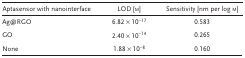
<table><thead><tr><td><b>Aptasensor with nanointerface</b></td><td><b>LOD [m]</b></td><td><b>Sensitivity [nm per log m]</b></td></tr></thead><tbody><tr><td>Ag@RGO</td><td>6.82 × 10<sup>−17</sup></td><td>0.583</td></tr><tr><td>GO</td><td>2.40 × 10<sup>−14</sup></td><td>0.265</td></tr><tr><td>None</td><td>1.88 × 10<sup>−8</sup></td><td>0.160</td></tr></tbody></table>